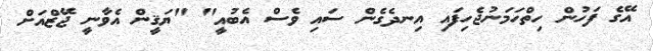
އޭގެ ފަހުން ހިތްހަމަނުޖެހިފައި އިނދެގެން ސައި ވެސް އެބުއީ" "ޔަޤީން އެވާނީ ޖޭޒްއަށް